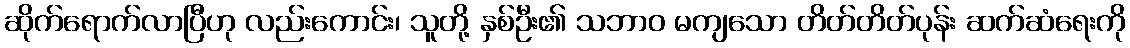
ဆိုက်ရောက်လာပြီဟု လည်းကောင်း၊ သူတို့ နှစ်ဦး၏ သဘာဝ မကျသော တိတ်တိတ်ပုန်း ဆက်ဆံရေးကို